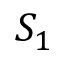
S _ { 1 }